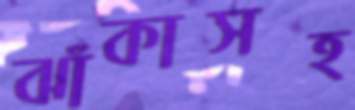
ঝাঁকাসহ